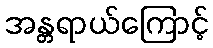
အန္တရာယ်ကြောင့်